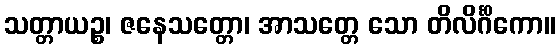
သတ္တာယဉ္စ၊ ဇနေသတ္တော၊ အာသတ္တေ သော တိလိင်္ဂိကော။